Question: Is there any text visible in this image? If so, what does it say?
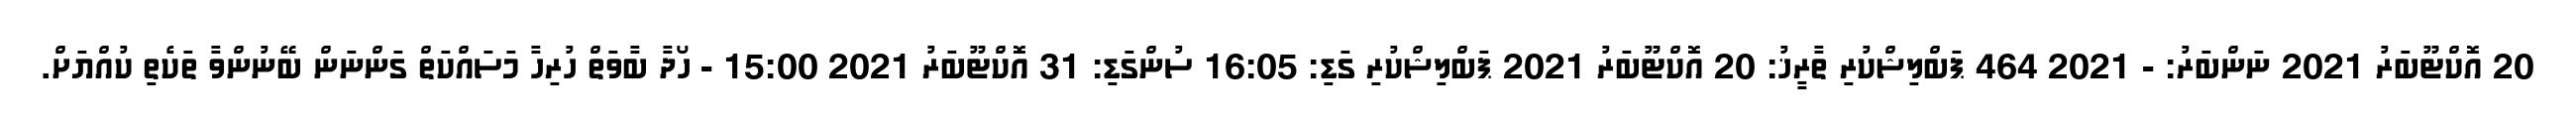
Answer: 20 އޮކްޓޫބަރު 2021 ނަންބަރު: - 2021 464 ޕަބްލިޝްކުރި ތާރީޚު: 20 އޮކްޓޫބަރު 2021 ޕަބްލިޝްކުރި ގަޑި: 16:05 ސުންގަޑި: 31 އޮކްޓޫބަރު 2021 15:00 - ހޯދާ ބާވަތް ހުރިހާ މަސައްކަތް ގަންނަން ބޭނުންވާ ތަކެތި ކުއްޔަށް.